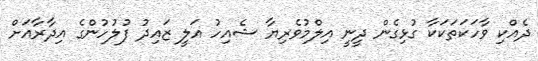
ދެއްކި ވާހަކަތަކަކާ ގުޅިގެން ދީނީ އިލްމުވެރިޔާ ޝެއިހު އަލީ ޒައިދު ފުލުހުންގެ އިދާރާއަށް